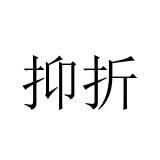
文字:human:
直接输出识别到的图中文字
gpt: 抑折